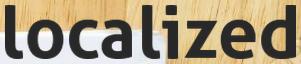
localized